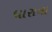
ધારાના